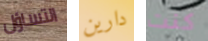
التساؤل دارين كنت